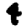
Digit: 4